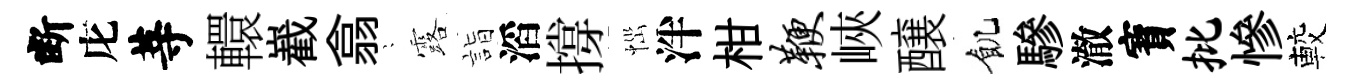
断庀䓁轘嶻翕隠露詣滔撐𢙉泮柑鞭峽醸飢驂澈寳批慘較